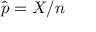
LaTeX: { \hat { p } } = X / n